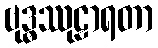
ဗုဒ္ဓဿုဠာရတာ